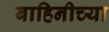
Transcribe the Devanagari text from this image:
बाहिनीच्या